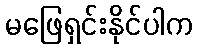
မဖြေရှင်းနိုင်ပါက